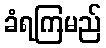
ခံရကြမည်